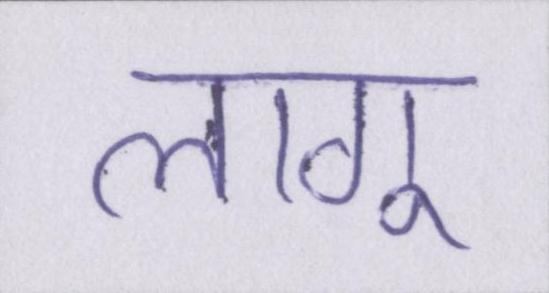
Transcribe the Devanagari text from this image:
लागू